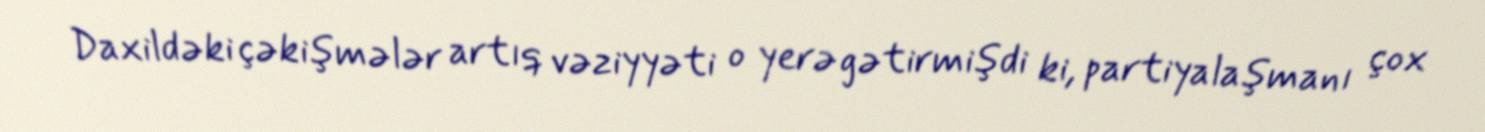
Daxildəki çəkişmələr artıq vəziyyəti o yerə gətirmişdi ki, partiyalaşmanı çox